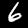
Digit: 6